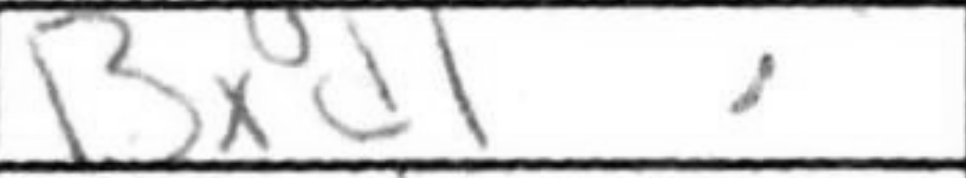
Transcription: Bxd1